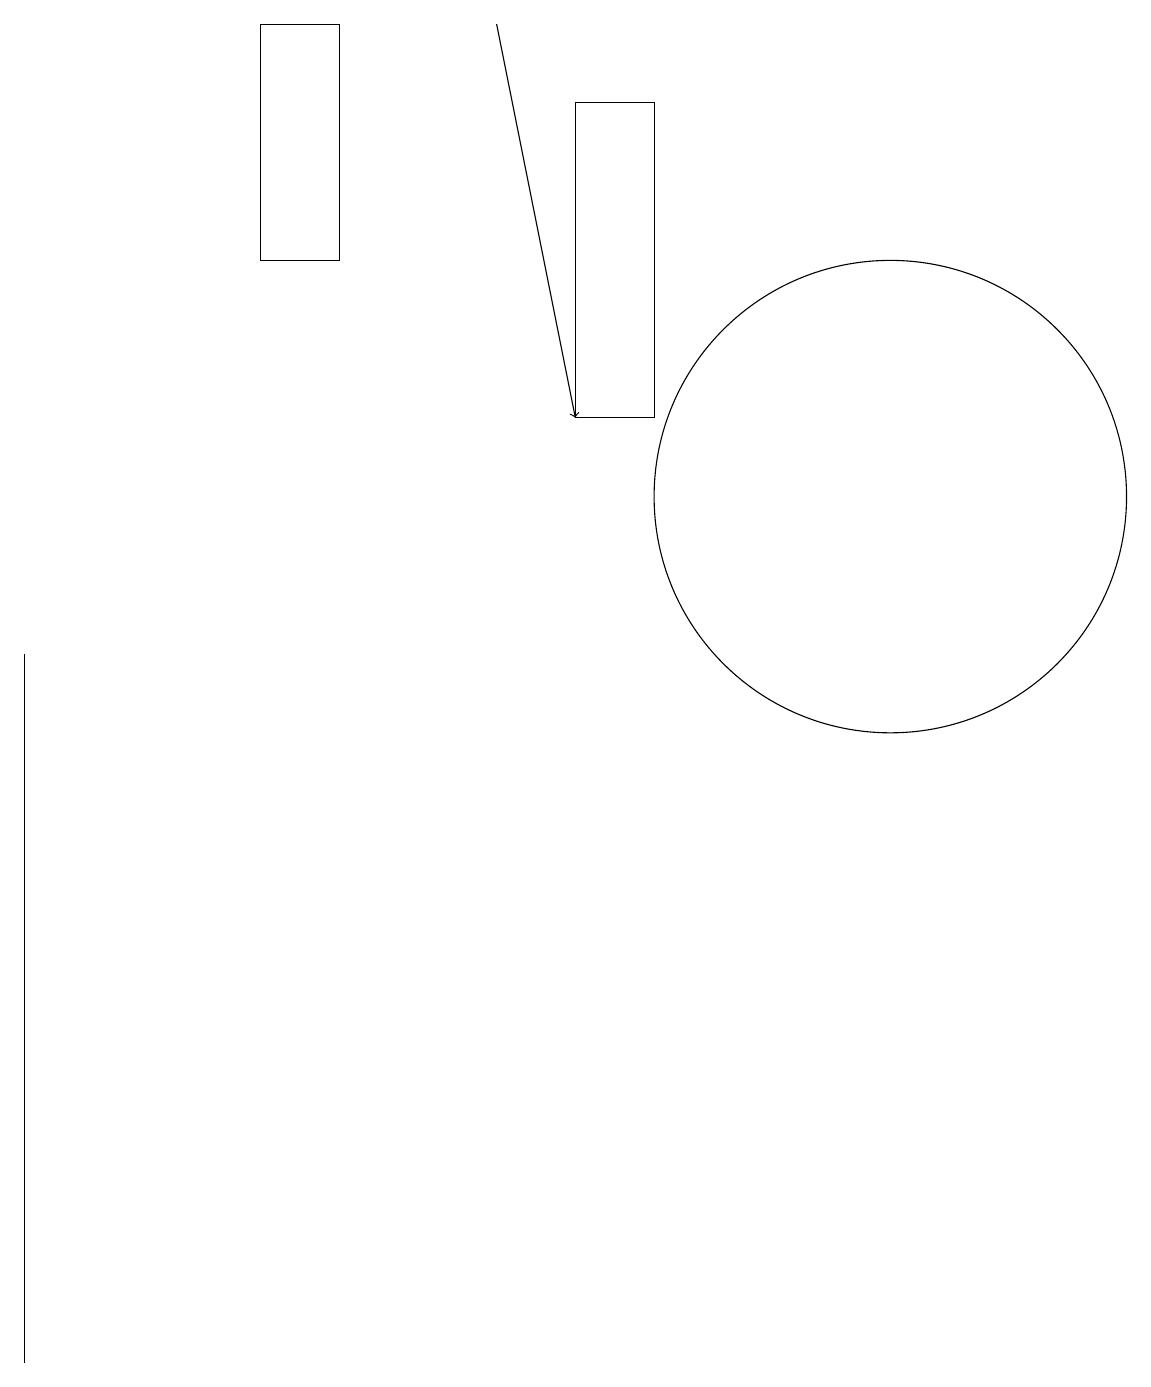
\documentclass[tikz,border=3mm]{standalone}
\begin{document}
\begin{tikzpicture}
\draw (3,14) rectangle (4,17);
\draw (8,12) rectangle (7,16);
\draw (11,11) circle (3);
\draw[->] (6,17) -- (7,12);
\draw (0,9) -- (0,2) -- (0,0) -- cycle;
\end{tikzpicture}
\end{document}